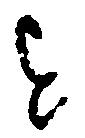
を